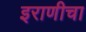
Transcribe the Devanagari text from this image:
इराणीचा